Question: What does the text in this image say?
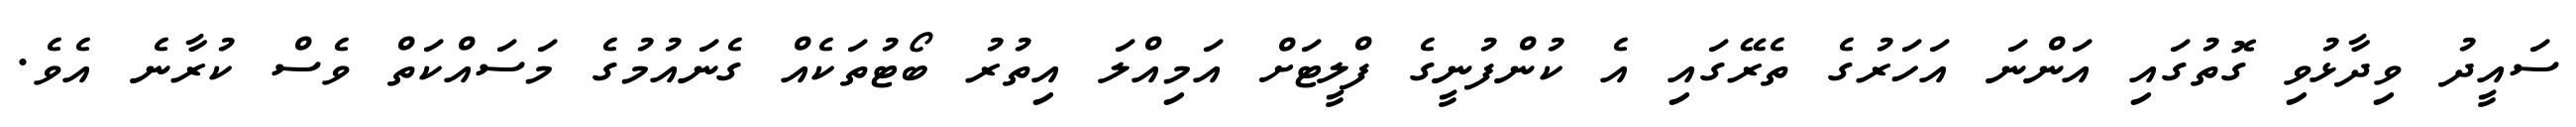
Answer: ސައީދު ވިދާޅުވި ގޮތުގައި އަންނަ އަހަރުގެ ތެރޭގައި އެ ކުންފުނީގެ ފްލީޓަށް އަމިއްލަ އިތުރު ބޯޓުތަކެއް ގެނައުމުގެ މަސައްކަތް ވެސް ކުރާނެ އެވެ.